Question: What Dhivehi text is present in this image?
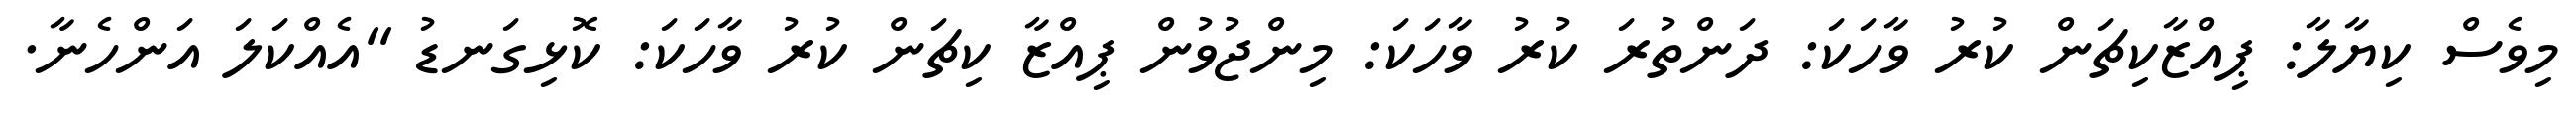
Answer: މިވެސް ކިޔާލާ: ޕިއްޒާކިޗަން ކުރު ވާހަކަ: ދަންތުރަ ކުރު ވާހަކަ: މިންޖުވުން ޕިއްޒާ ކިޗަން ކުރު ވާހަކަ: ކޮޅިގަނޑު "އެއްކަލަ އަންހެނާ.